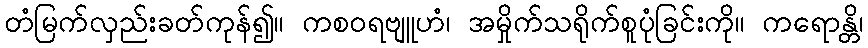
တံမြက်လှည်းခတ်ကုန်၍။ ကစဝရဗျူဟံ၊ အမှိုက်သရိုက်စူပုံခြင်းကို။ ကရောန္တိ၊